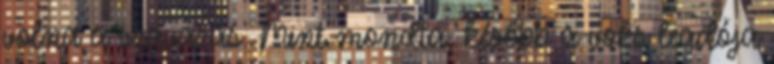
volna a szavazás. Mint mondta, később a voks leadója